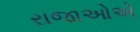
રાજાઓએ